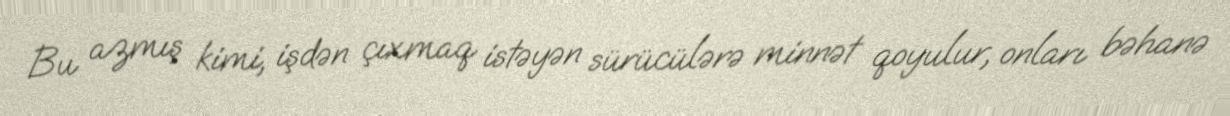
Bu azmış kimi, işdən çıxmaq istəyən sürücülərə minnət qoyulur, onları bəhanə